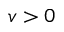
v > 0